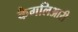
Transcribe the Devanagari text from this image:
कैगलिआरी